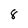
Character: 8